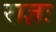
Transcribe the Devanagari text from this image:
राज्ञः